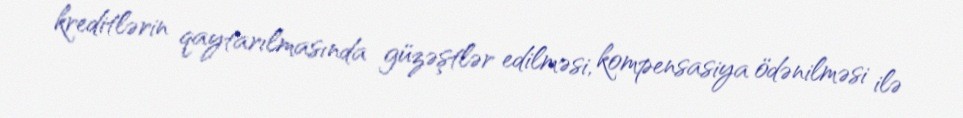
kreditlərin qaytarılmasında güzəştlər edilməsi, kompensasiya ödənilməsi ilə